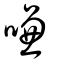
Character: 嗛